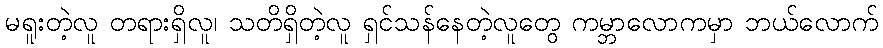
မရူးတဲ့လူ တရားရှိလူ၊ သတိရှိတဲ့လူ ရှင်သန်နေတဲ့လူတွေ ကမ္ဘာလောကမှာ ဘယ်လောက်